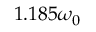
1 . 1 8 5 \omega _ { 0 }